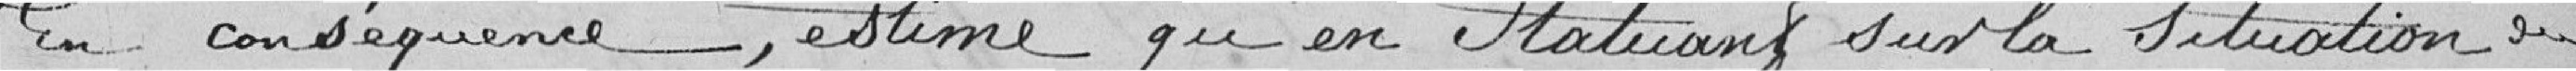
En conséquence, estime qu'en statuant sur la situation au